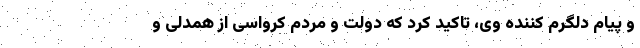
و پیام دلگرم کننده وی، تاکید کرد که دولت و مردم کرواسی از همدلی و